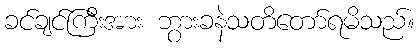
ခင်ချင်ကြီးအား ဘွားခနဲသတိတော်ရမိသည်။